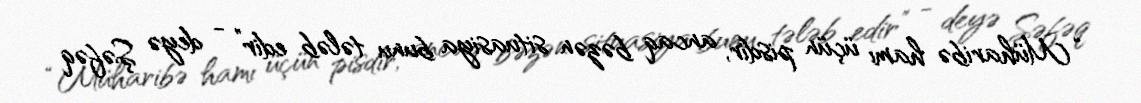
“Müharibə hamı üçün pisdir, ancaq bəzən situasiya bunu tələb edir” - deyə Şəfəq